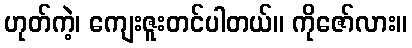
ဟုတ်ကဲ့၊ ကျေးဇူးတင်ပါတယ်။ ကိုဇော်လား။